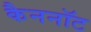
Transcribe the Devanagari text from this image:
कैननॉट